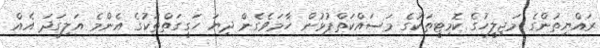
ރައްޔިތުންގެ މަޖިލީހުގެ ކޮމިޓީތަކުގެ މަސައްކަތްޕުޅުން ހާމަވެގެން ދިޔަ ހަގީގަތްތަކުގެ އެންމެ އަލިގަދަ އެއް